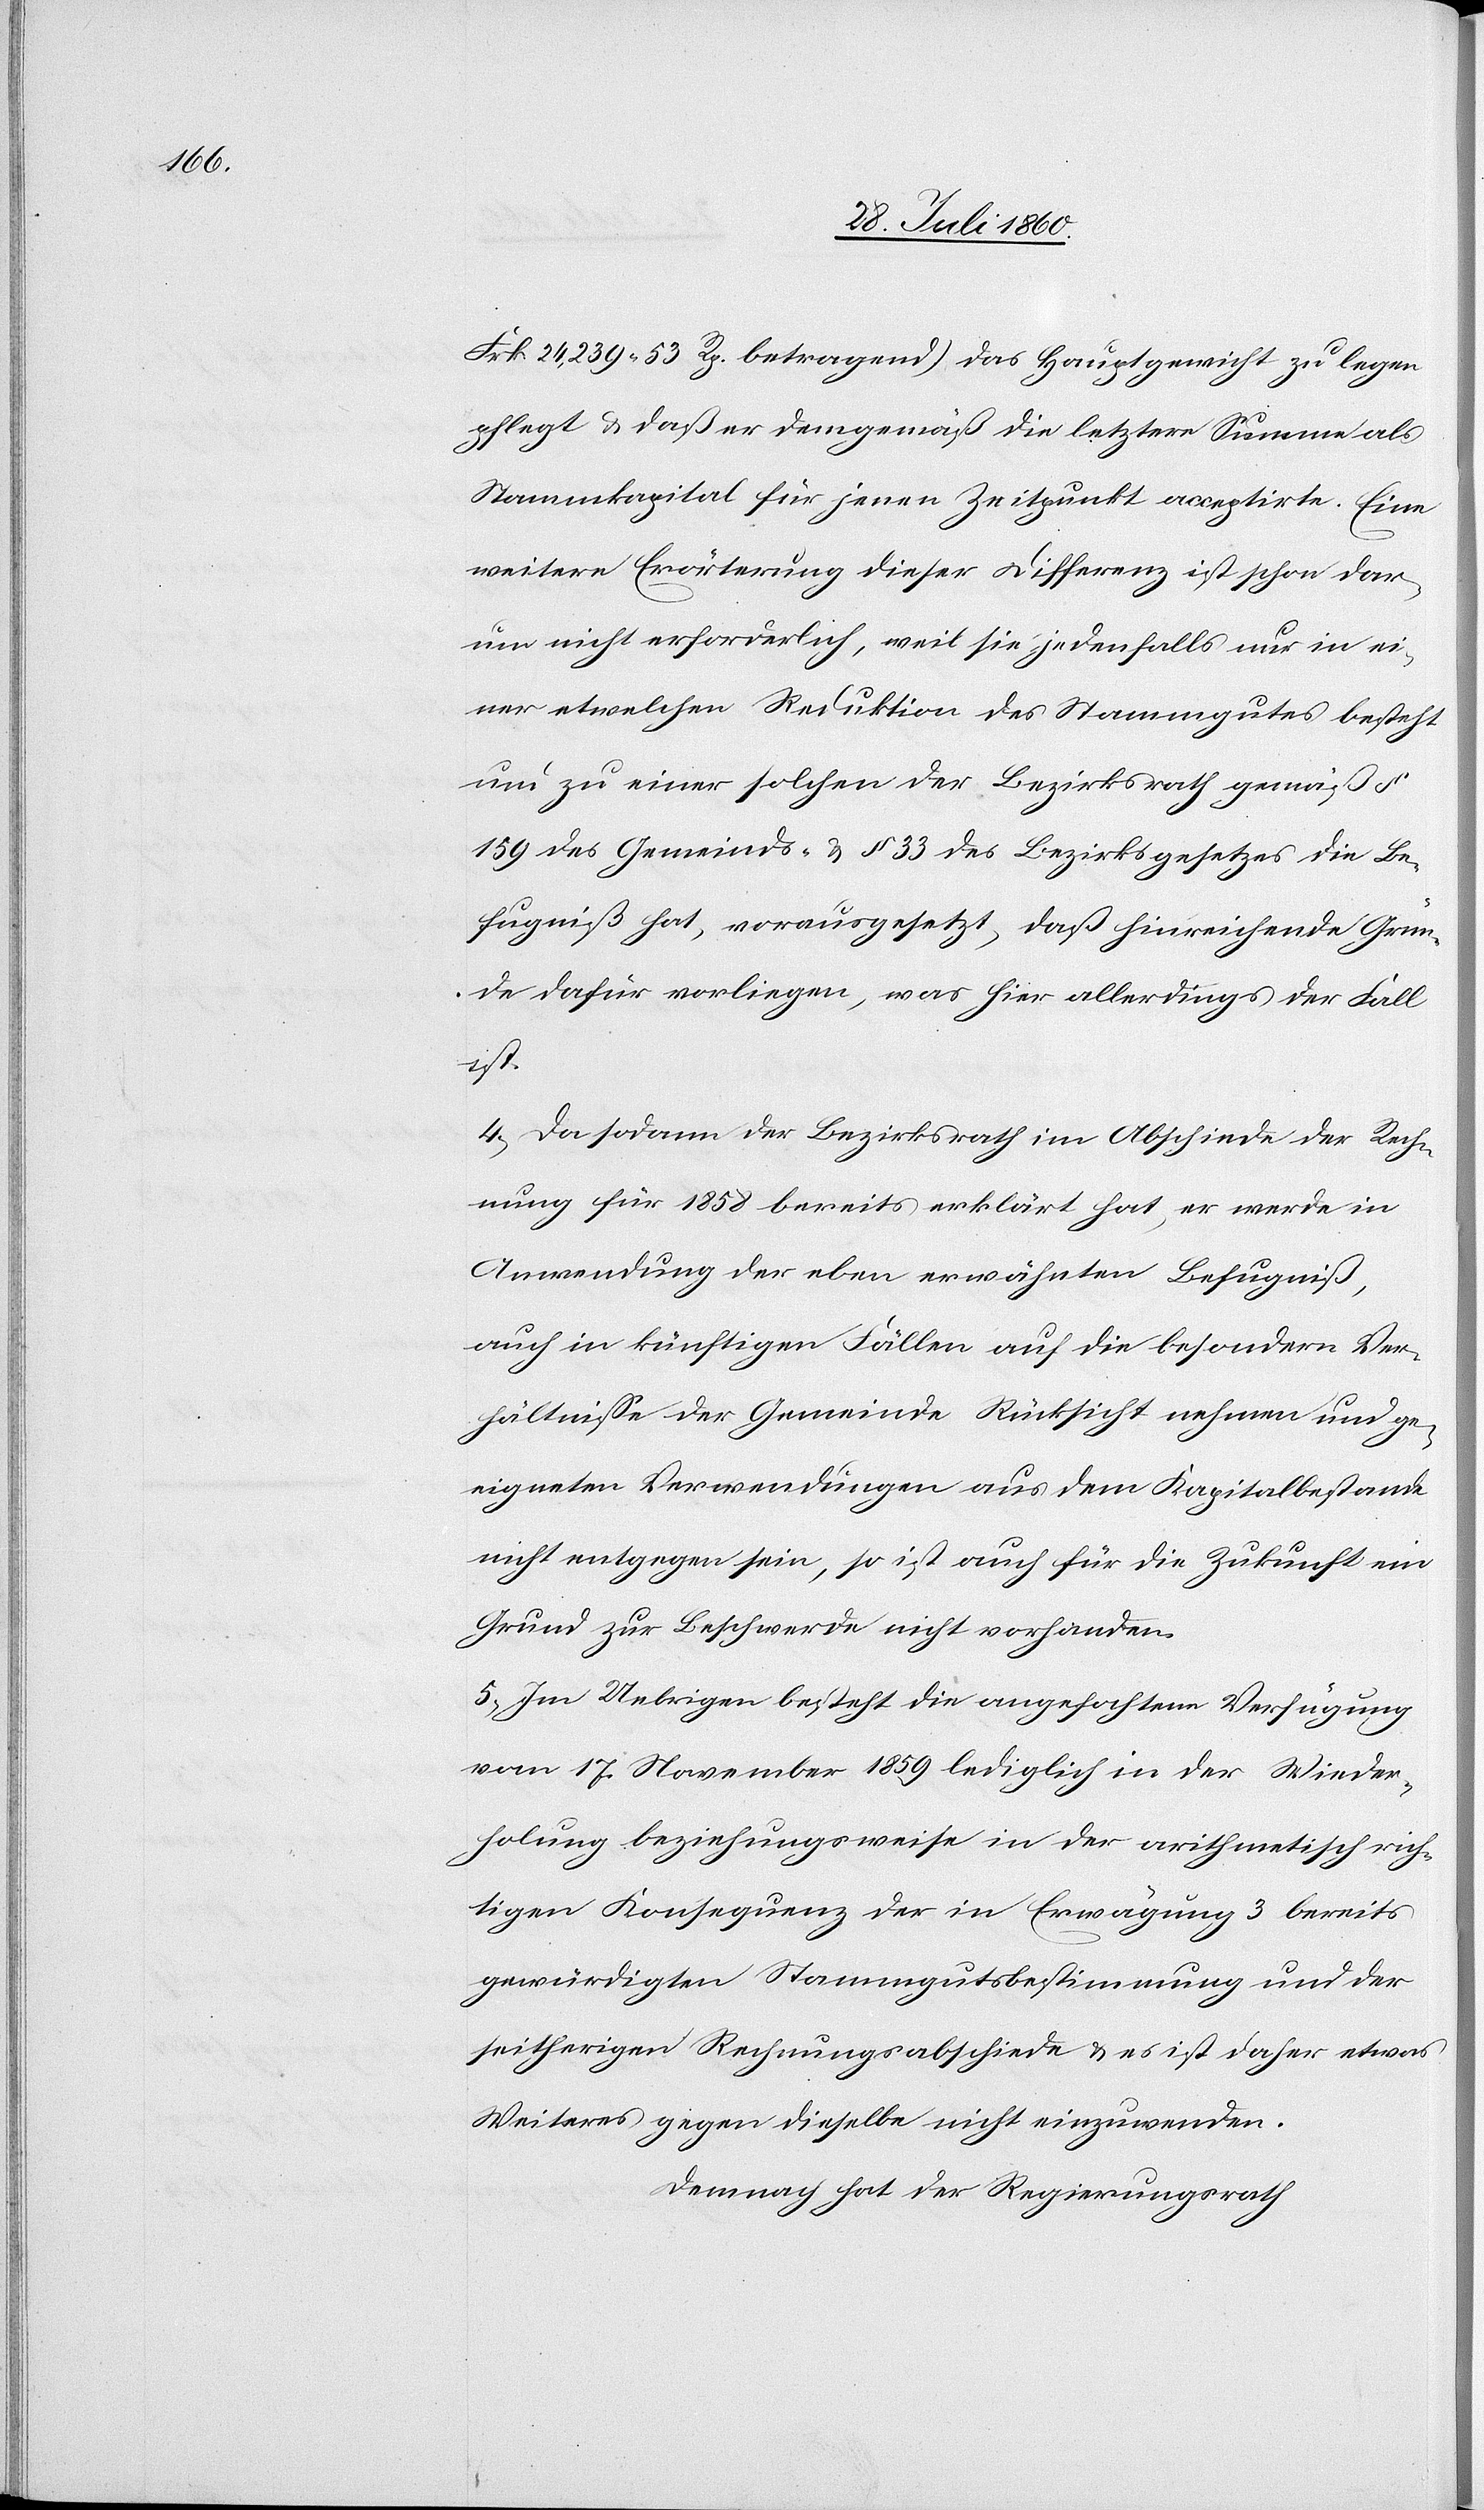
Frk. 24,239. 53C betragend.) das Hauptgewicht zu legen
pflegt u. dass er demgemäss die letztere Summe als
Stammkapital für jenen Zeitpunkt acceptirte. Eine
weitere Erörterung dieser Differenz ist schon dar¬
um nicht erforderlich, weil sie jedenfalls nur in ei¬
ner etwelchen Reduktion des Stammgutes besteht
und zu einer solchen der Bezirksrath gemäss §.
159 des Gemeinds- u. §. 33 des Bezirksgesetzes die Be¬
fugniss hat, vorausgesetzt, dass hinreichende Grün¬
de dafür vorliegen, was hier allerdings der Fall
ist.
4. Da sodann der Bezirksrath im Abschiede der Rech¬
nung für 1858 bereits erklärt hat, er werde in
Anwendung der eben erwähnten Befugniss
auch in künftigen Fällen auf die besondern Ver¬
hältnisse der Gemeinde Rücksicht nehmen und ge¬
eigneten Verwendungen aus dem Kapitalbestande
nicht entgegen sein, so ist auch für die Zukunft ein
Grund zur Beschwerde nicht vorhanden.
5. Im Uebrigen besteht die angefochtene Verfügung
vom 17. November 1859 lediglich in der Wieder¬
holung beziehungsweise in der arithmetisch rich¬
tigen Consequenz der in Erwägung 3 bereits
gewürdigten Stammgutsbestimmung und der
seitherigen Rechnungsabschiede u. es ist daher etwas
Weiteres gegen dieselbe nicht einzuwenden.
Demnach hat der Regierungsrath,